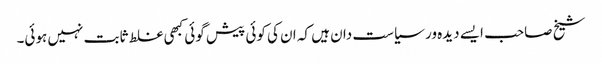
شیخ صاحب ایسے دیدہ ور سیاست دان ہیں کہ ان کی کوئی پیش گوئی کبھی غلط ثابت نہیں ہوئی۔